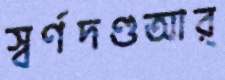
স্বর্ণদণ্ডআর্